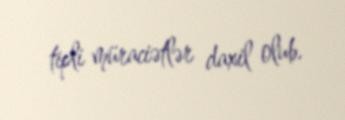
tipli müraciətlər daxil olub.